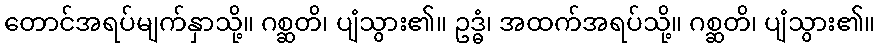
တောင်အရပ်မျက်နှာသို့။ ဂစ္ဆတိ၊ ပျံသွား၏။ ဥဒ္ဓံ၊ အထက်အရပ်သို့။ ဂစ္ဆတိ၊ ပျံသွား၏။